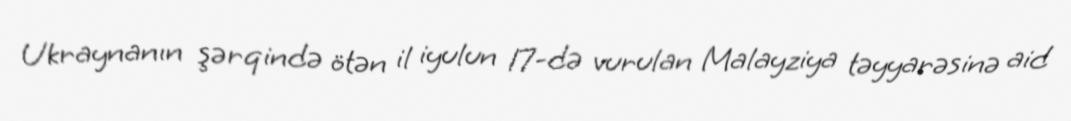
Ukraynanın şərqində ötən il iyulun 17-də vurulan Malayziya təyyarəsinə aid